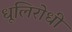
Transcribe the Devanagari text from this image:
धूलिरोधी